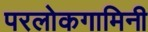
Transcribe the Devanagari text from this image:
परलोकगामिनी